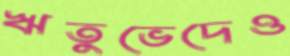
ঋতুভেদেও